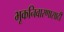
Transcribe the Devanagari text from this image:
भूकनिवारणासाठी